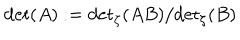
LaTeX: \det ( A ) : = { \det } _ { \zeta } ( A B ) / { \det } _ { \zeta } ( B )